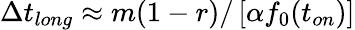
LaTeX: \Delta t_{long}\approx m(1-r)/\left[\alpha f_{0}(t_{on})\right]